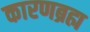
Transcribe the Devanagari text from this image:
कारणब्रह्म